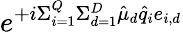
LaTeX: e^{+i\Sigma_{i=1}^{Q}\Sigma_{d=1}^{D}\hat{\mu}_{d}\hat{q}_{i}e_{i,d}}